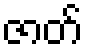
ဇာတ်